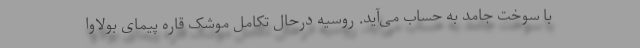
با سوخت جامد به حساب می‌آید. روسیه درحال تکامل موشک قاره پیمای بولاوا